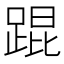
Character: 𬦸